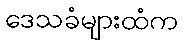
ဒေသခံများထံက